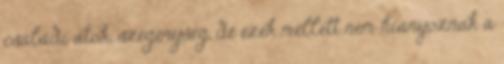
családi átok, szegénység, de ezek mellett nem hiányoznak a